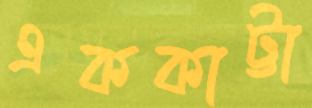
এককাট্টা